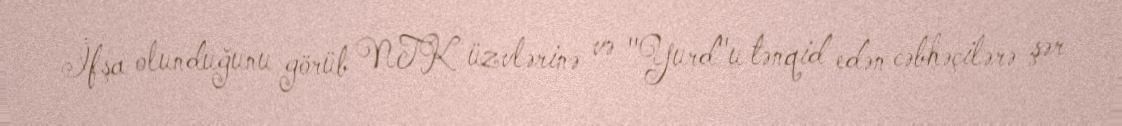
İfşa olunduğunu görüb NTK üzvlərinə və "Yurd"u tənqid edən cəbhəçilərə şər